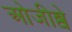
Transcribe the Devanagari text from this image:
ओजीब्वे